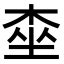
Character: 桽